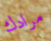
مرادك